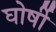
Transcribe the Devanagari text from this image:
घोर्षी